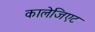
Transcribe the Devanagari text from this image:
कालेजिएट